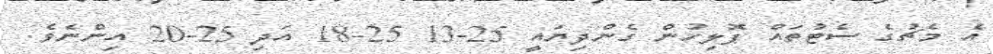
އެ މެޗުގެ ސެޓުތައް ޕޮލިހުން ގެންދިޔައީ 25-13 25-18 އަދި 25-20 އިންނެވެ.